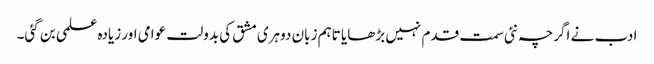
ادب نے اگرچہ نئی سمت قدم نہیں بڑھایا تاہم زبان دوہری مشق کی بدولت عوامی اور زیادہ علمی بن گئی۔